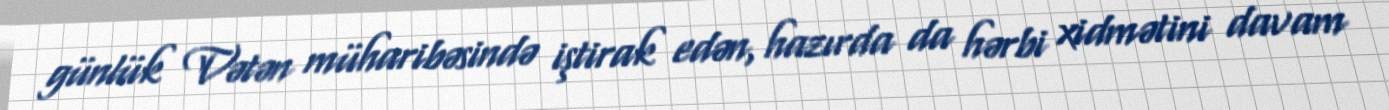
günlük Vətən müharibəsində iştirak edən, hazırda da hərbi xidmətini davam